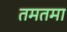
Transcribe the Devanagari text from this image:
तमतमा